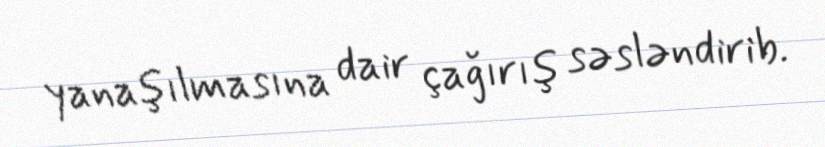
yanaşılmasına dair çağırış səsləndirib.